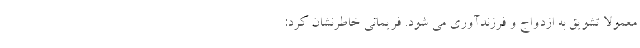
معمولاً تشویق به ازدواج و فرزندآوری می شود. فریمانی خاطرنشان کرد: